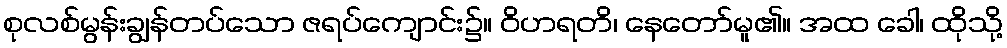
စုလစ်မွန်းချွန်တပ်သော ဇရပ်ကျောင်း၌။ ဝိဟရတိ၊ နေတော်မူ၏။ အထ ခေါ၊ ထိုသို့